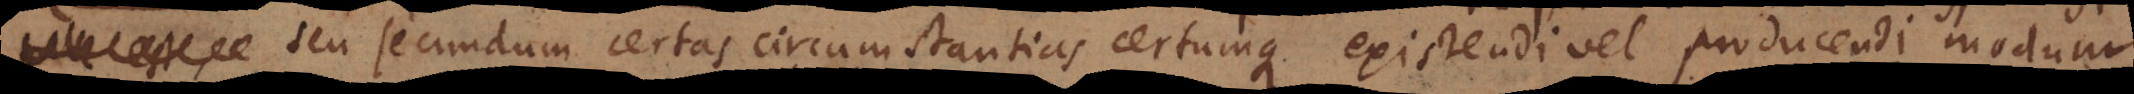
est – seu secundum certas circumstantias certumque existendi vel producendi modum.